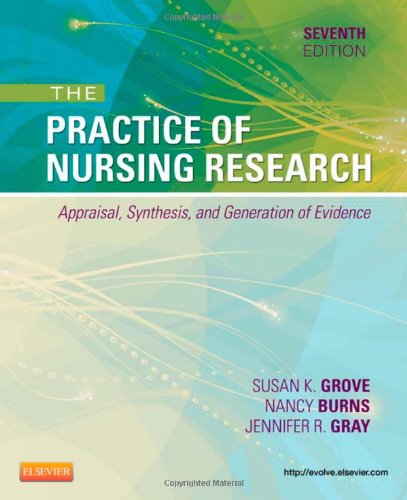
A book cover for The Practice of Nursing Research: Appraisal, Synthesis, and Generation of Evidence, 7e; Susan K. Grove PhD  RN  ANP-BC  GNP-BC; Medical Books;